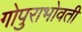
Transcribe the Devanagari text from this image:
गोपुराभोवती